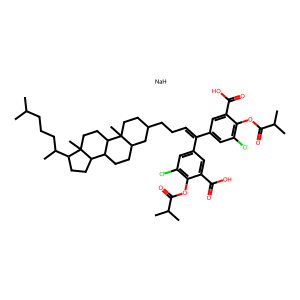
SMILES: CC(C)CCCC(C)C1CCC2C3CCC4CC(CCC=C(c5cc(Cl)c(OC(=O)C(C)C)c(C(=O)O)c5)c5cc(Cl)c(OC(=O)C(C)C)c(C(=O)O)c5)CCC4(C)C3CCC12C.[NaH]
Inhibits HIV replication: Yes